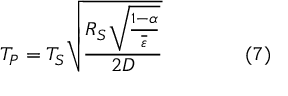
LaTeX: T _ { P } = T _ { S } { \sqrt { \frac { R _ { S } { \sqrt { \frac { 1 - \alpha } { \overline { { \varepsilon } } } } } } { 2 D } } } \qquad \qquad ( 7 )